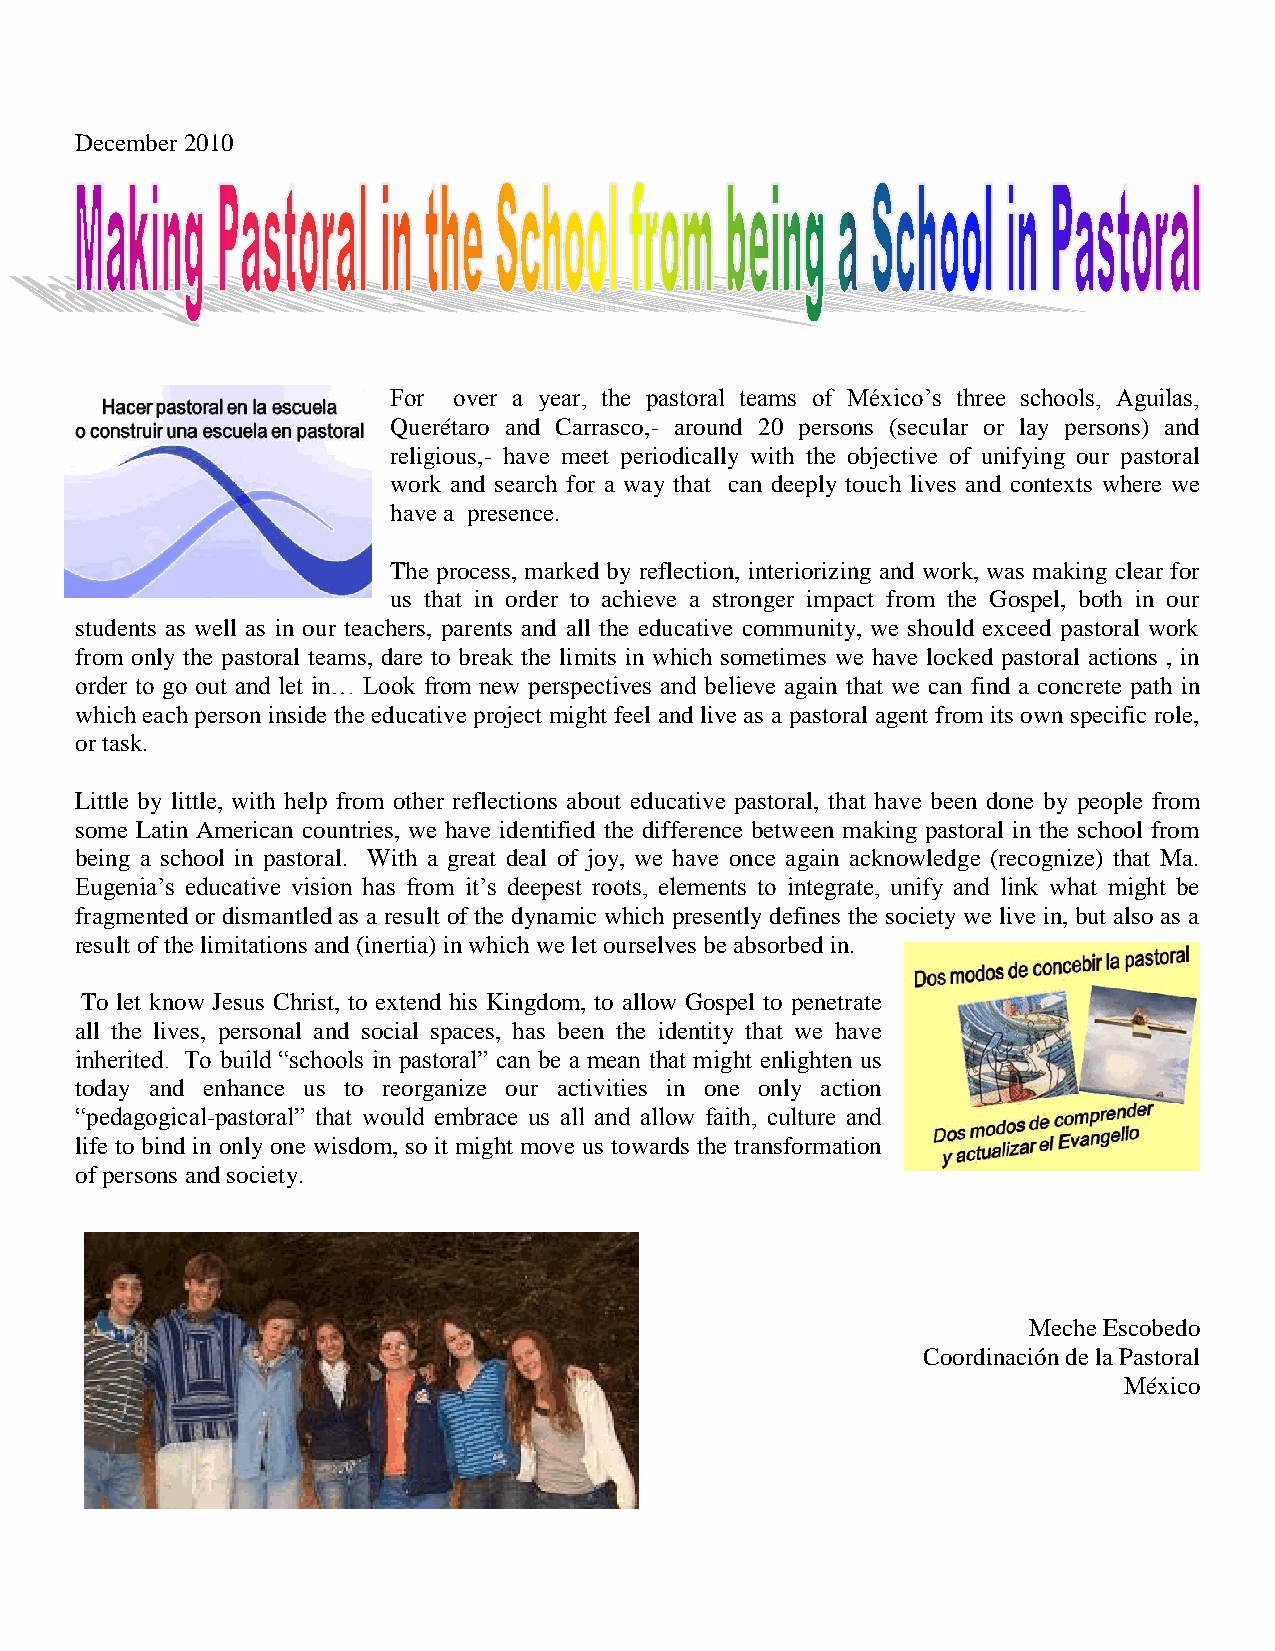
December 2010
 For over a year, the pastoral teams of México’s three schools, Aguilas,
 Querétaro and Carrasco,- around 20 persons (secular or lay persons) and
 religious,- have meet periodically with the objective of unifying our pastoral
 work and search for a way that can deeply touch lives and contexts where we
 have a presence.
 The process, marked by reflection, interiorizing and work, was making clear for
 us that in order to achieve a stronger impact from the Gospel, both in our
 students as well as in our teachers, parents and all the educative community, we should exceed pastoral work
 from only the pastoral teams, dare to break the limits in which sometimes we have locked pastoral actions , in
 order to go out and let in… Look from new perspectives and believe again that we can find a concrete path in
 which each person inside the educative project might feel and live as a pastoral agent from its own specific role,
 or task.
 Little by little, with help from other reflections about educative pastoral, that have been done by people from
 some Latin American countries, we have identified the difference between making pastoral in the school from
 being a school in pastoral. With a great deal of joy, we have once again acknowledge (recognize) that Ma.
 Eugenia’s educative vision has from it’s deepest roots, elements to integrate, unify and link what might be
 fragmented or dismantled as a result of the dynamic which presently defines the society we live in, but also as a
 result of the limitations and (inertia) in which we let ourselves be absorbed in.
 To let know Jesus Christ, to extend his Kingdom, to allow Gospel to penetrate
 all the lives, personal and social spaces, has been the identity that we have
 inherited. To build “schools in pastoral” can be a mean that might enlighten us
 today and enhance us to reorganize our activities in one only action
 “pedagogical-pastoral” that would embrace us all and allow faith, culture and
 life to bind in only one wisdom, so it might move us towards the transformation
 of persons and society.
 Meche Escobedo
 Coordinación de la Pastoral
 México